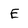
Character: E